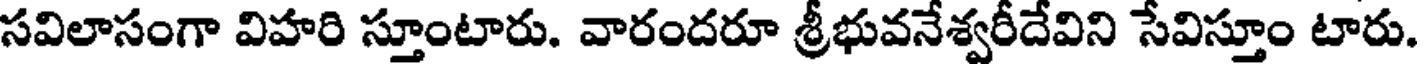
సవిలాసంగా విహరి స్తూంటారు. వారందరూ శ్రీభువనేశ్వరీదేవిని సేవిస్తూం టారు.